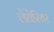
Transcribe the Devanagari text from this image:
लेवेरियर